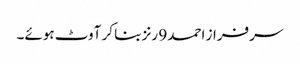
سرفراز احمد 9 رنز بنا کر آوٹ ہوئے۔